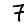
Digit: 7